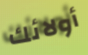
أولائك